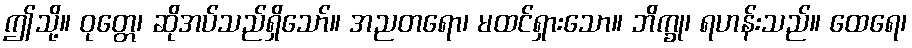
ဤသို့။ ဝုတ္တေ၊ ဆိုအပ်သည်ရှိသော်။ အညတရော၊ မထင်ရှားသော။ ဘိက္ခု၊ ရဟန်းသည်။ ထေရေ၊